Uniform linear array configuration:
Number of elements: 8
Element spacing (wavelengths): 1
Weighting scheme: kaiser
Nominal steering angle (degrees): -15
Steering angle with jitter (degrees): -15.244
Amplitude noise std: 0.05
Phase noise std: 0.05

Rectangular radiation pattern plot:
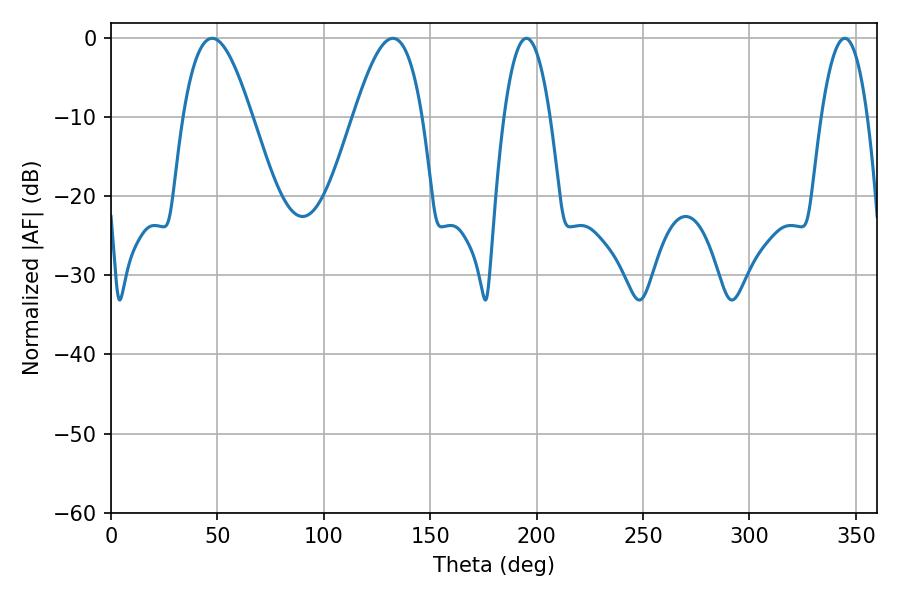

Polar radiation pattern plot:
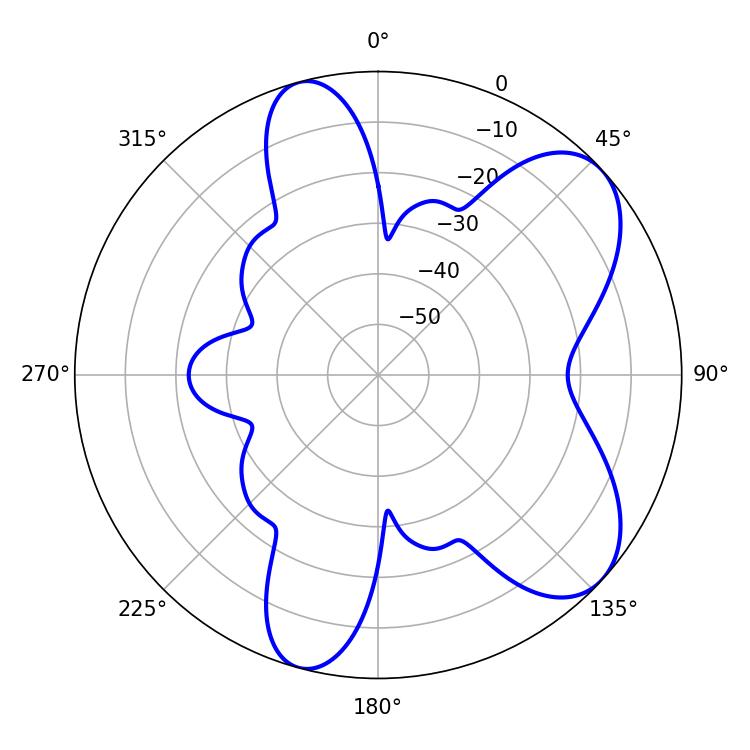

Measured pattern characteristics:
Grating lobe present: TRUE
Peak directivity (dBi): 7.204
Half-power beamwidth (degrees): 17.46
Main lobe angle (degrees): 47.52